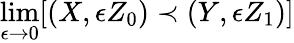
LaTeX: \operatorname*{lim}_{\epsilon\to 0}[(X,\epsilon Z_{0})\prec(Y,\epsilon Z_{1})]